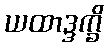
ယထာဒ္ဒက္ခိ